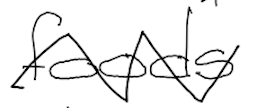
Text: foods
Cross-out: zig-zag
Writing tool: digital_black